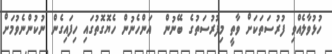
ހުޅުވާލެއްވި ފުރުސަތަކަށް ވާތީ މިފުރުސަތުގެ ބޭނުން  އަންހެނުން ހެޔޮގޮތުގައި ހިފައިގެން ނުކުންނެވުމަށް